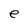
Character: e